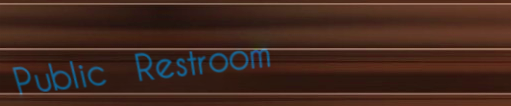
Public Restroom